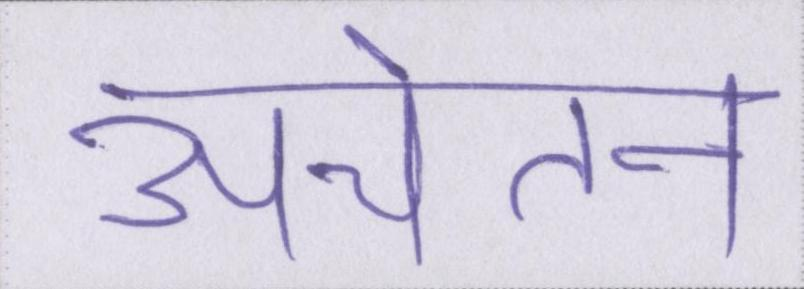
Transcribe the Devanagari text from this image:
अचेतन